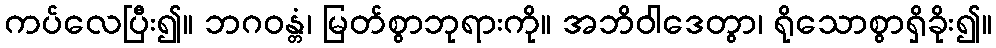
ကပ်လေပြီး၍။ ဘဂဝန္တံ၊ မြတ်စွာဘုရားကို။ အဘိဝါဒေတွာ၊ ရိုသောစွာရှိခိုး၍။